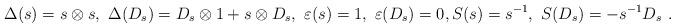
LaTeX: \begin{align*}\Delta(s)=s\otimes s,~\Delta(D_s)=D_s\otimes 1+s\otimes D_s,~\varepsilon(s)=1,~\varepsilon(D_s)=0,S(s)=s^{-1},~S(D_s)=-s^{-1}D_s\ .\end{align*}